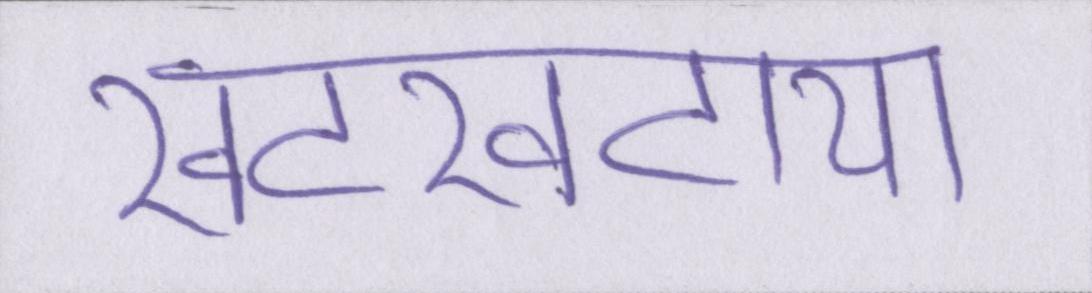
खटखटाया